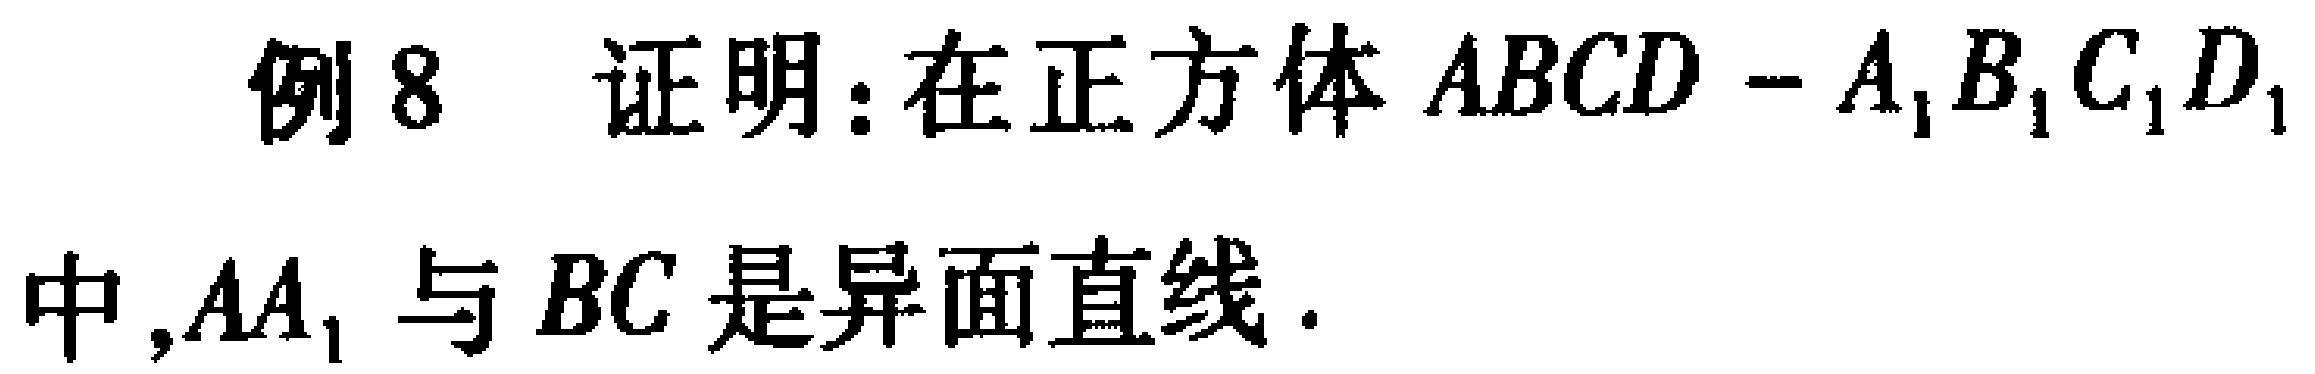
例8 证明：在正方体 \(ABCD - A_{1}B_{1}C_{1}D_{1}\) 中,\(AA_{1}\) 与 \(BC\) 是异面直线.